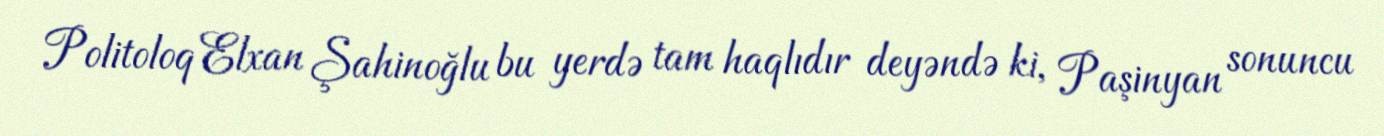
Politoloq Elxan Şahinoğlu bu yerdə tam haqlıdır deyəndə ki, Paşinyan sonuncu